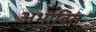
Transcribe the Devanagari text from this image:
अभावित